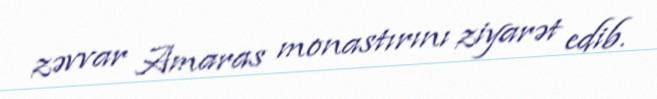
zəvvar Amaras monastırını ziyarət edib.